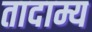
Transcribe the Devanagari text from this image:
तादाम्य